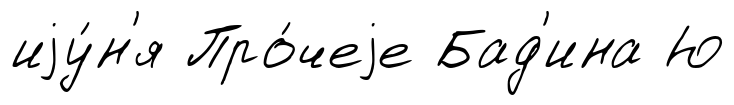
иjу́н'я Про́чеjе Бад'ина Ю